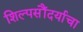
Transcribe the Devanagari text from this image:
शिल्पसौंदर्याचा